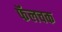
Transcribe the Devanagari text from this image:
फॅलचक